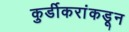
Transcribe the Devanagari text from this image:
कुर्डीकरांकडून